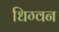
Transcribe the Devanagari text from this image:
धिग्वन